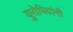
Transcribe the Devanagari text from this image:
युरोपियांनी